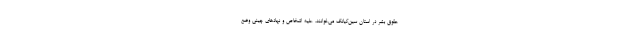
حقوق بشر در استان سین‌کیانگ می‌خوانند، علیه اشخاص و نهادهای چینی وضع